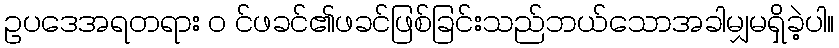
ဥပဒေအရတရား ၀ င်ဖခင်၏ဖခင်ဖြစ်ခြင်းသည်ဘယ်သောအခါမျှမရှိခဲ့ပါ။